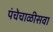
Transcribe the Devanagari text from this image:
पंचेचाळीसवा